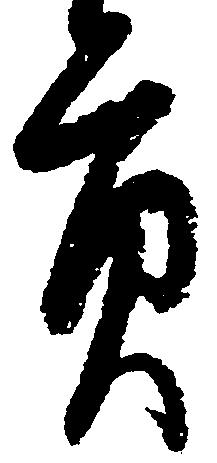
貢